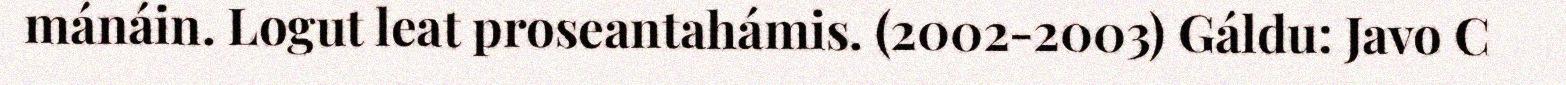
mánáin. Logut leat proseantahámis. (2002-2003) Gáldu: Javo C